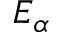
E _ { \alpha }